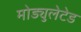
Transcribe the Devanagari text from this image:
मोड्युलेटेड